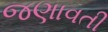
જણાવતી